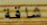
شاقة